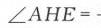
\(\angle AHE =\)